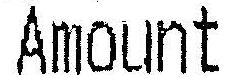
AMOUNT